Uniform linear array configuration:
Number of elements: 4
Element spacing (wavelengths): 1
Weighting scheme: hann
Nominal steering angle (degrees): -45
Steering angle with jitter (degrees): -44.249
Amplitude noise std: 0.05
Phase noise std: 0.05

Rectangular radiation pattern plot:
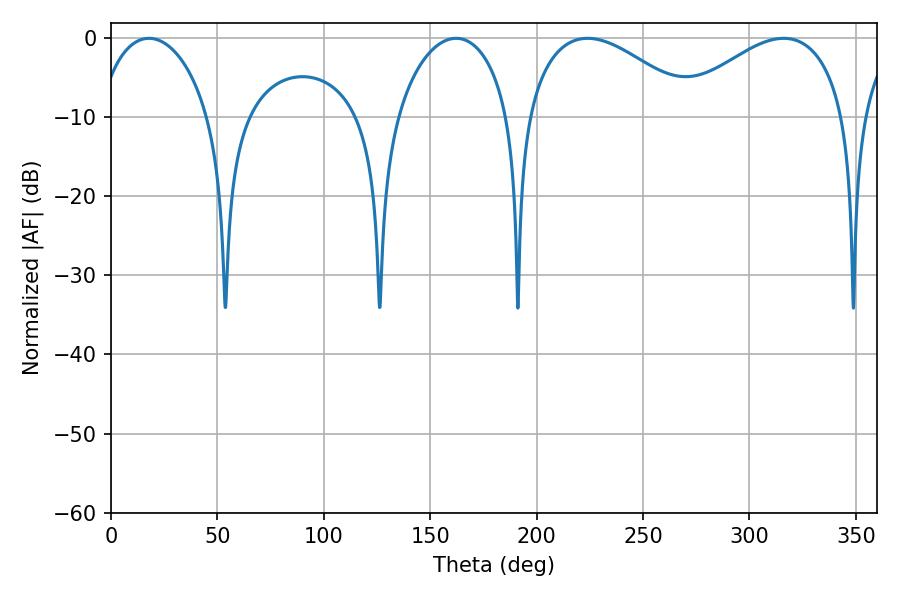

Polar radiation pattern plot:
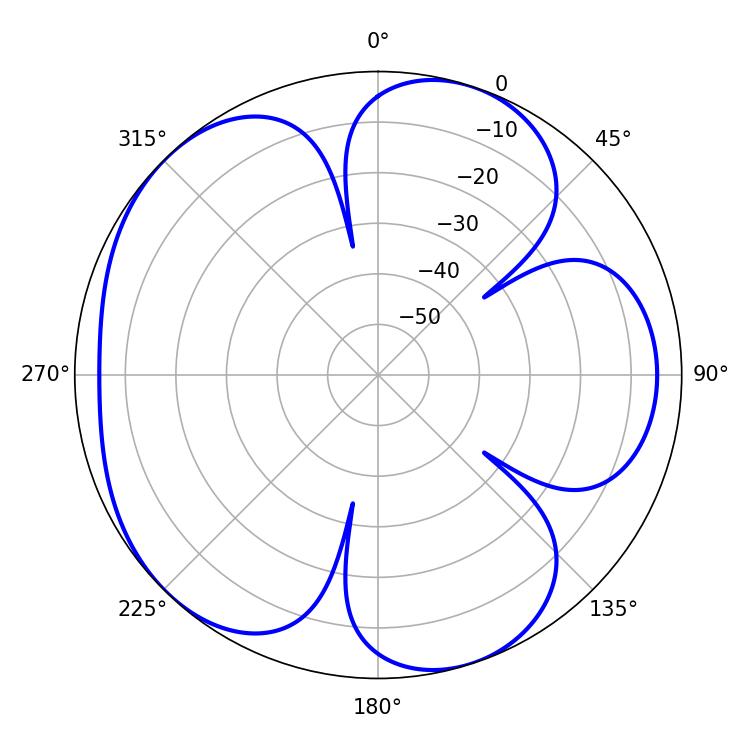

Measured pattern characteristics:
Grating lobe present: TRUE
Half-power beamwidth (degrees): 44.1
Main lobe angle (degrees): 223.92